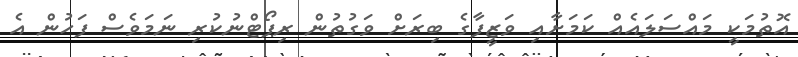
އޮތުމަކީ މައްސަލައެއް ކަމަށާއި ވަޒީފާގެ ބިރަށް ވަގުތުން ރިޕޯޓްނުކުރި ނަމަވެސް ފަހުން އެ